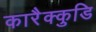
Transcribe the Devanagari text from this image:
कारैक्कुडि